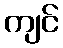
ကျင်